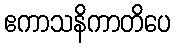
ဧကာသနိကာတိပေ